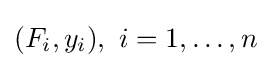
(F_{i},y_{i}),\ i=1,\dots ,n\!